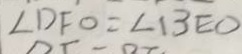
\angle D F O = \angle B E O